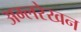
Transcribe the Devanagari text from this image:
अम्लरेखन